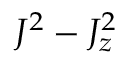
J ^ { 2 } - J _ { z } ^ { 2 }